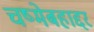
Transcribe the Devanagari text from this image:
चष्मेबहाद्दर